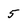
Character: 5